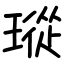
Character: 瑽